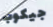
جيكوب